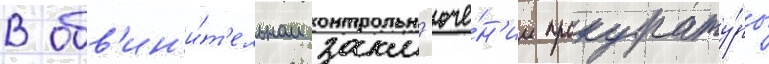
В обв'ин'и́т'ельном закл'юче́н'ии прокурату́ры